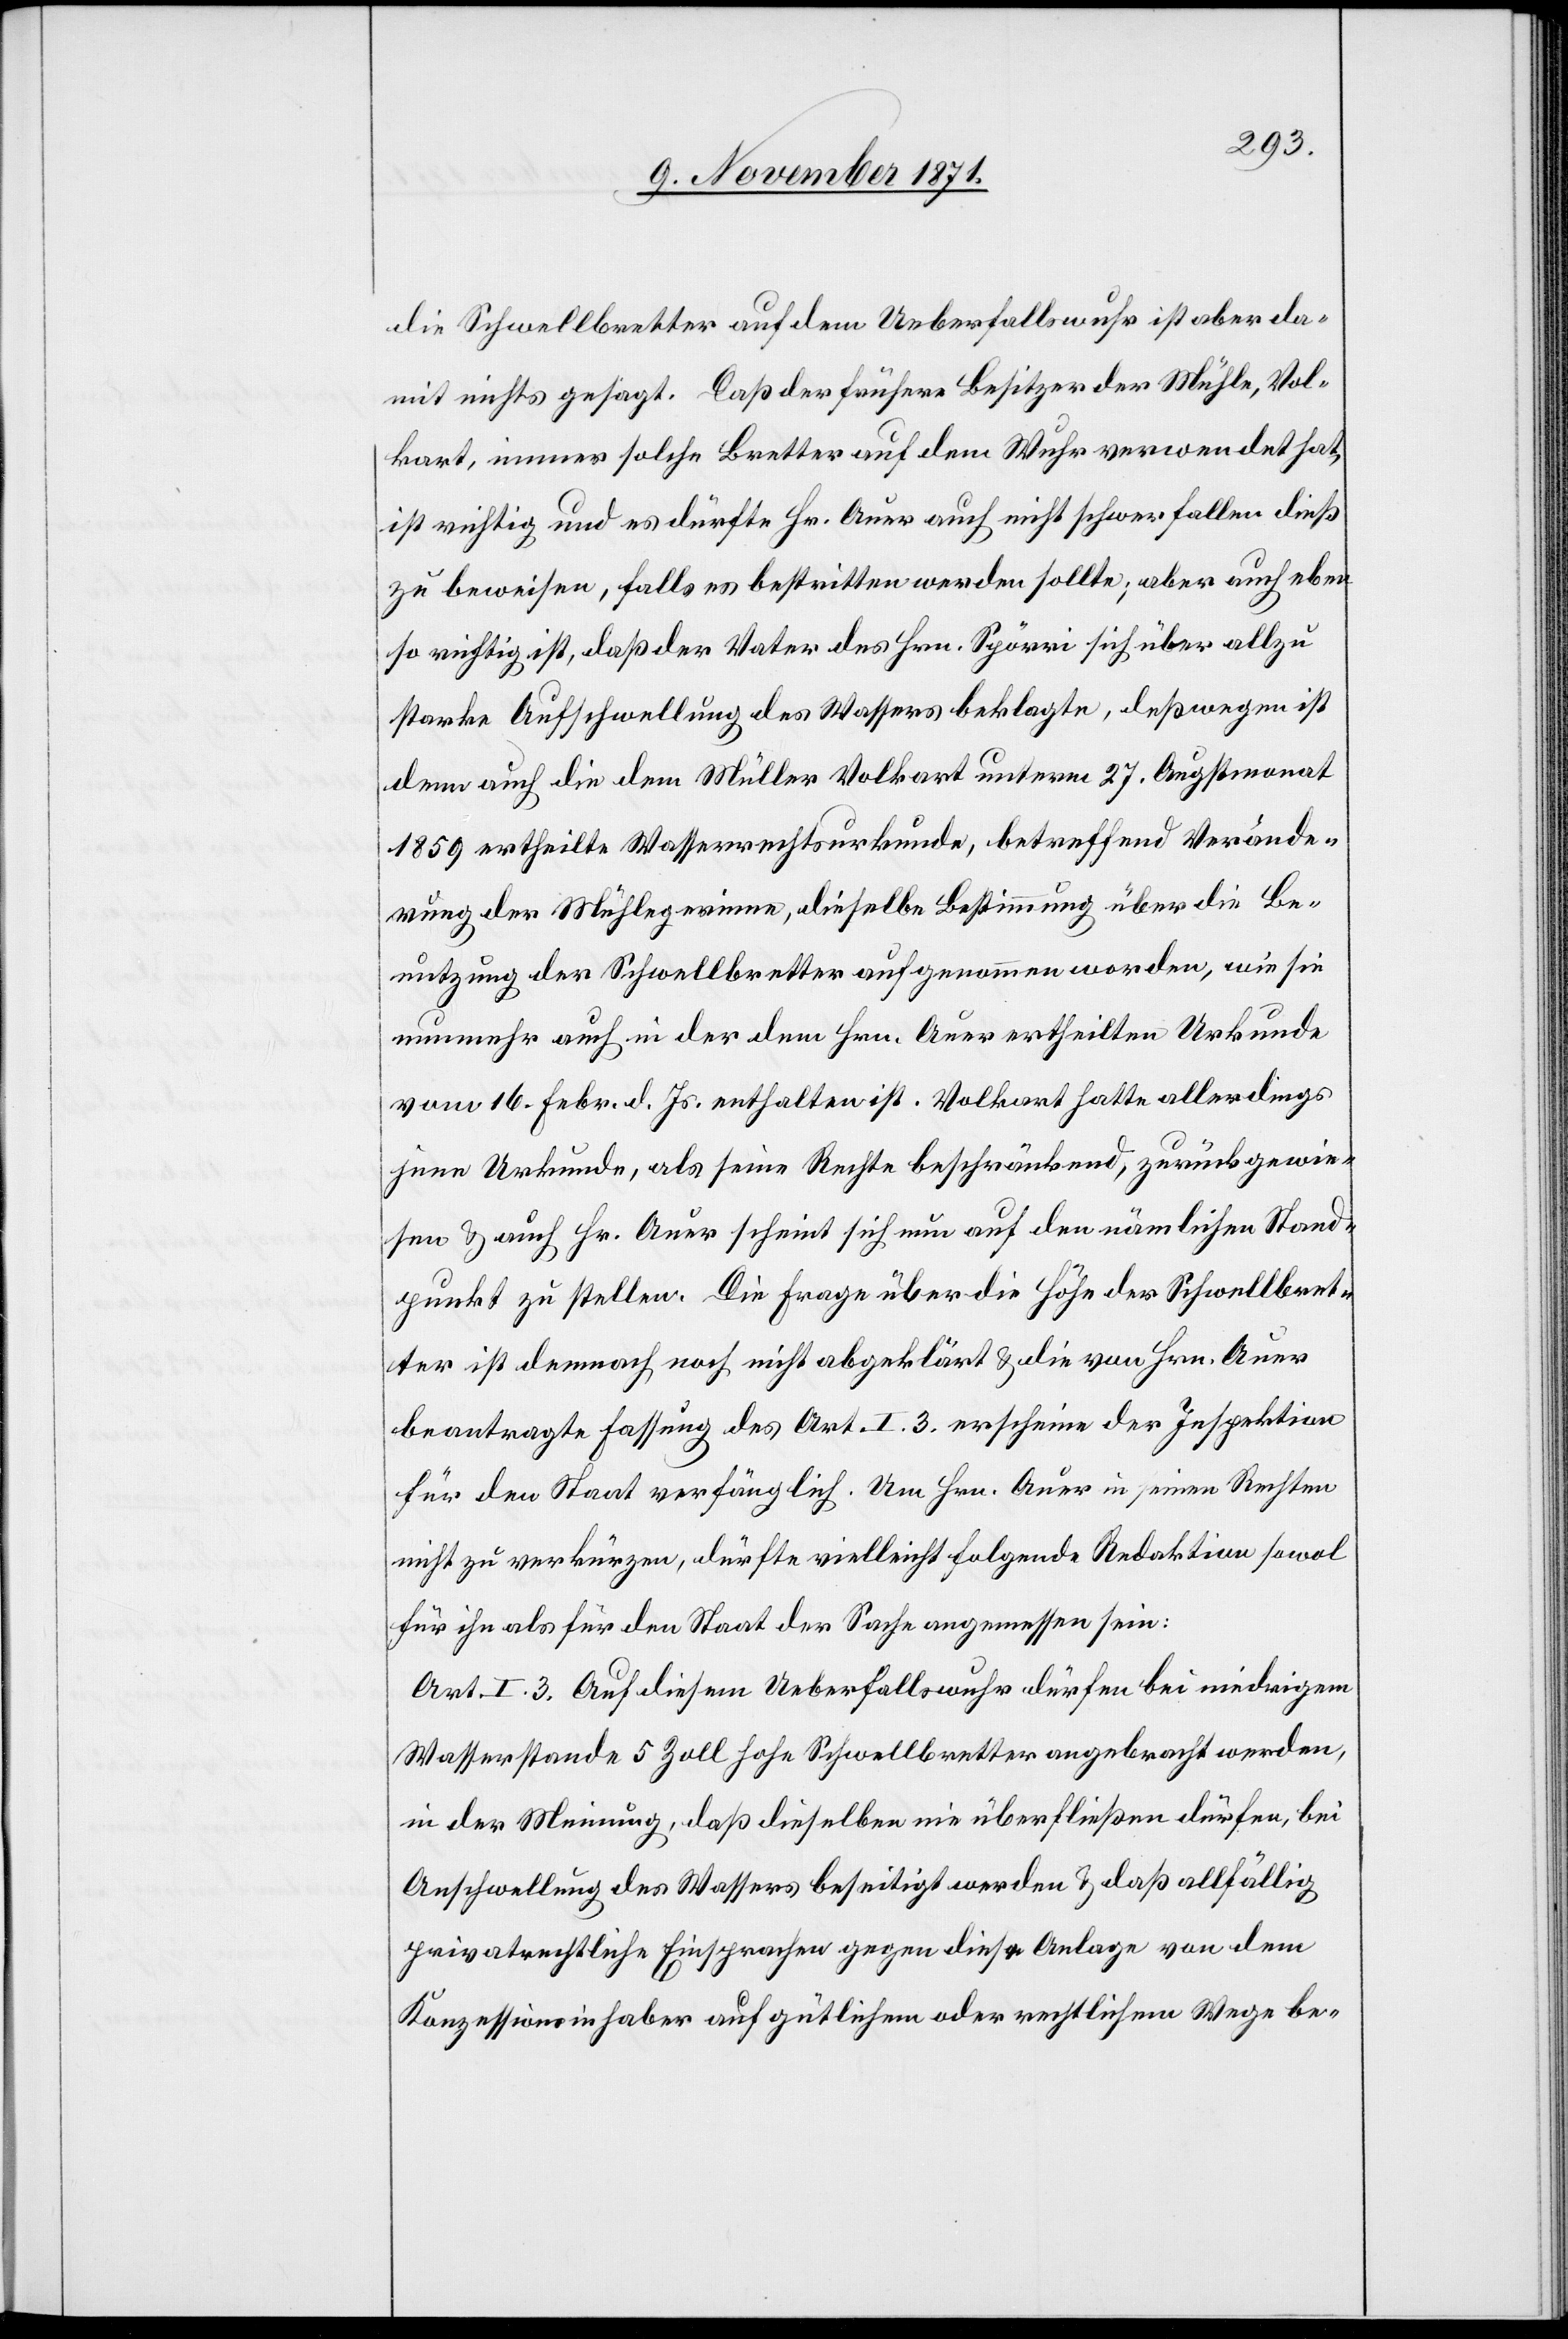
die Schwellbretter auf dem Ueberfallswuhr ist aber da¬
mit nichts gesagt. Daß der frühere Besitzer der Mühle, Vol¬
kart, immer solche Bretter auf dem Wuhr verwendet hat,
ist richtig und es dürfte Hr. Auer auch nicht schwerfallen dieß
zu beweisen, falls es bestritten werden sollte; aber auch eben¬
so richtig ist, daß der Vater des Hrn. Spörri sich über allzu
starke Aufschwellung des Wassers beklagte, deßwegen ist
denn auch [in] die dem Müller Volkart unterm 27. Augstmonat
1859 ertheilte Wasserrechtsurkunde, betreffend Verände¬
rung der Mühlegerinne, dieselbe Bestimmung über die Be¬
nutzung der Schwellbretter aufgenommen worden, wie sie
nunmehr auch in der dem Hrn. Auer ertheilten Urkunde
vom 16. Febr. d. Js. enthalten ist. Volkert hatte allerdings
jene Urkunde, als seine Rechte beschränkend, zurückgewie¬
sen & auch Hr. Auer scheint sich nun auf den nämlichen Stand¬
punkt zu stellen. Die Frage über die Höhe der Schwellbret¬
ter ist demnach noch nicht abgeklärt & die von Hrn. Auer
beantragte Fassung des Art. I. 3 erscheine der Inspektion
für den Staat verfänglich. Um Hrn. Auer in seinen Rechten
nicht zu verkürzen, dürfte vielleicht folgende Redaktion sowol
für ihn als für den Staat der Sache angemessen sein:
Art. I. 3. Auf diesem Ueberfallswuhr dürfen bei niedrigem
Wasserstande 5 Zoll hohe Schwellbretter angebracht werden,
in der Meinung, daß dieselben nie überfließen dürfen, bei
Anschwellung des Wassers beseitigt werden & daß allfällig
privatrechtliche Einsprachen gegen diese Anlage von dem
Konzessionsinhaber auf gütlichem oder rechtlichem Wege be-